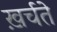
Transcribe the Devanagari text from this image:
ख़र्चते